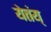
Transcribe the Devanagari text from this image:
येतंय्